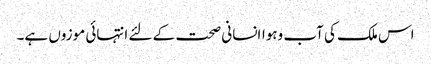
اس ملک کی آب وہواانسانی صحت کے لئے انتہائی موزوں ہے۔